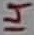
Text: 14